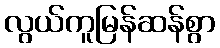
လွယ်ကူမြန်ဆန်စွာ